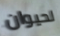
لحيوان